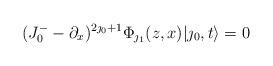
LaTeX: \begin{align*}(J^-_0-\partial_x)^{2\jmath_0+1}\Phi_{\jmath_1}(z,x)|\jmath_0,t\rangle =0\end{align*}